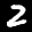
Label: 2